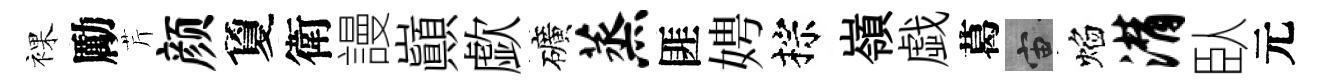
裸勵芹颜夐衛謾巔歔礦蒸匪娉棕嶺戯葛宙焰潸臥元